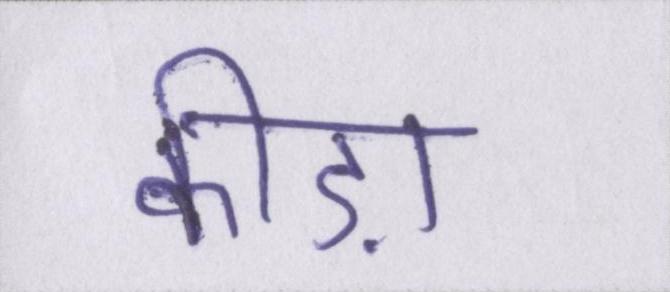
कीड़ा